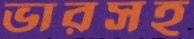
ভারসহ